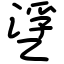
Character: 㐢